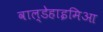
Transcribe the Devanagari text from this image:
वाल्डेहाइमिआ